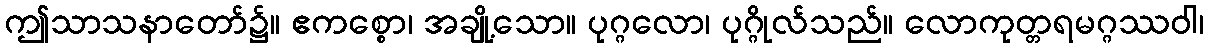
ဤသာသနာတော်၌။ ဧကစ္စော၊ အချို့သော။ ပုဂ္ဂလော၊ ပုဂ္ဂိုလ်သည်။ လောကုတ္တရမဂ္ဂဿဝါ၊